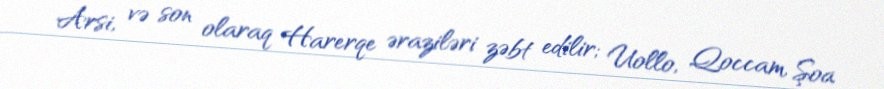
Arsi, və son olaraq Harerqe əraziləri zəbt edilir; Uollo, Qoccam, Şoa